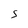
Character: 5